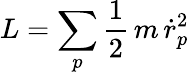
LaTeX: L=\sum_{p}\frac{1}{2}\, m\, \dot{r}_{p}^{2}